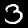
Digit: 3